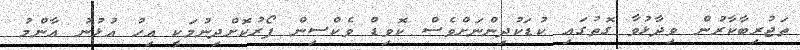
ތަޖުރިބާކާރުން ވިދާޅުވާ ގޮތުގައި ކުޑަކުދިންނަށްވެސް ކޮވިޑް ވެކްސިން ފޯރުކޮށްދިނުމަކީ އިހު އުޅުނު އާންމު